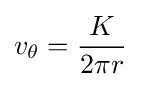
v_{\theta }={\frac {K}{2\pi r}}